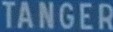
TANGER